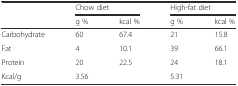
| <ROWSPAN=2>  | <COLSPAN=2> Chow diet | <COLSPAN=2> High-fat diet |
 | g % | kcal % | g % | kcal % |
 | --- | --- | --- | --- | --- |
 | Carbohydrate | 60 | 67.4 | 21 | 15.8 |
 | Fat | 4 | 10.1 | 39 | 66.1 |
 | Protein | 20 | 22.5 | 24 | 18.1 |
 | Kcal/g | 3.56 |  | 5.31 |  |